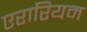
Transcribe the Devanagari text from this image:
एरारियम